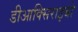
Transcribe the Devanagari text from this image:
डीआक्सिराइबो